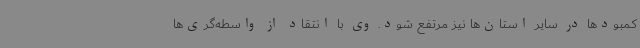
کمبودها در سایر استان‌ها نیز مرتفع شود. وی با انتقاد از واسطه‌گری‌ها